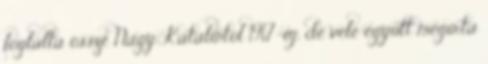
foglalta össze Nagy Katalintól 1917-ig, de vele együtt megírta